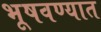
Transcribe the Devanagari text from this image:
भूषवण्यात